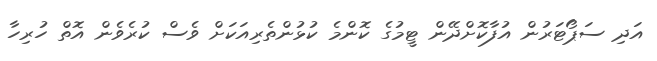
އަދި ސަޕޯޓަރުން އުފާކޮށްދޭން ޓީމުގެ ކޮންމެ ކުޅުންތެރިއަކަށް ވެސް ކުރެވެން އޮތް ހުރިހާ